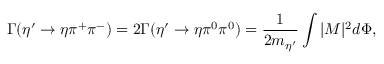
\Gamma ( \eta ^ { \prime } \rightarrow \eta \pi ^ { + } \pi ^ { - } ) = 2 \Gamma ( \eta ^ { \prime } \rightarrow \eta \pi ^ { 0 } \pi ^ { 0 } ) = { \frac { 1 } { 2 m _ { \eta ^ { \prime } } } } \int | M | ^ { 2 } d \Phi ,